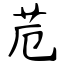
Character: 苊